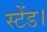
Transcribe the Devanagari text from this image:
स्टेंड।